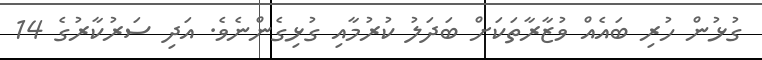
ގުޅުން ހުރި ބައެއް ވުޒާރާތަކަށް ބަދަލު ކުރުމާއި ގުޅިގެންނެވެ. އަދި ސަރުކާރުގެ 14